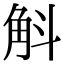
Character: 斛